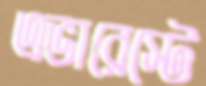
এভারেস্টে